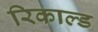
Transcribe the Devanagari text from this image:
रिकाल्ड